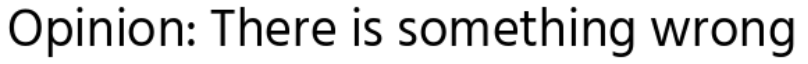
Opinion: There is something wrong